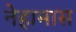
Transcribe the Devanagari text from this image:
नेहामास